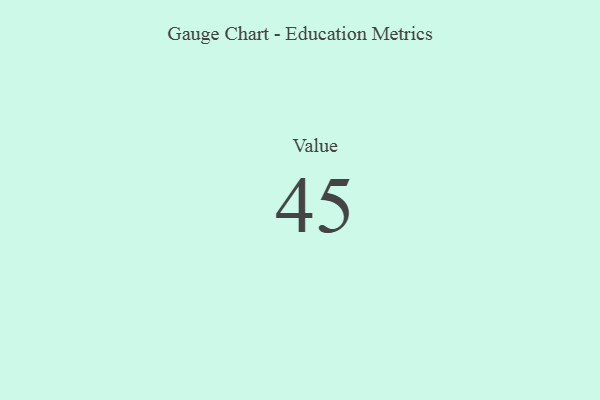
{"axis": {"x": "Metric", "y": "Value"}, "legend": [""], "data": [{"x": "Value", "y": 45, "type": ""}]}